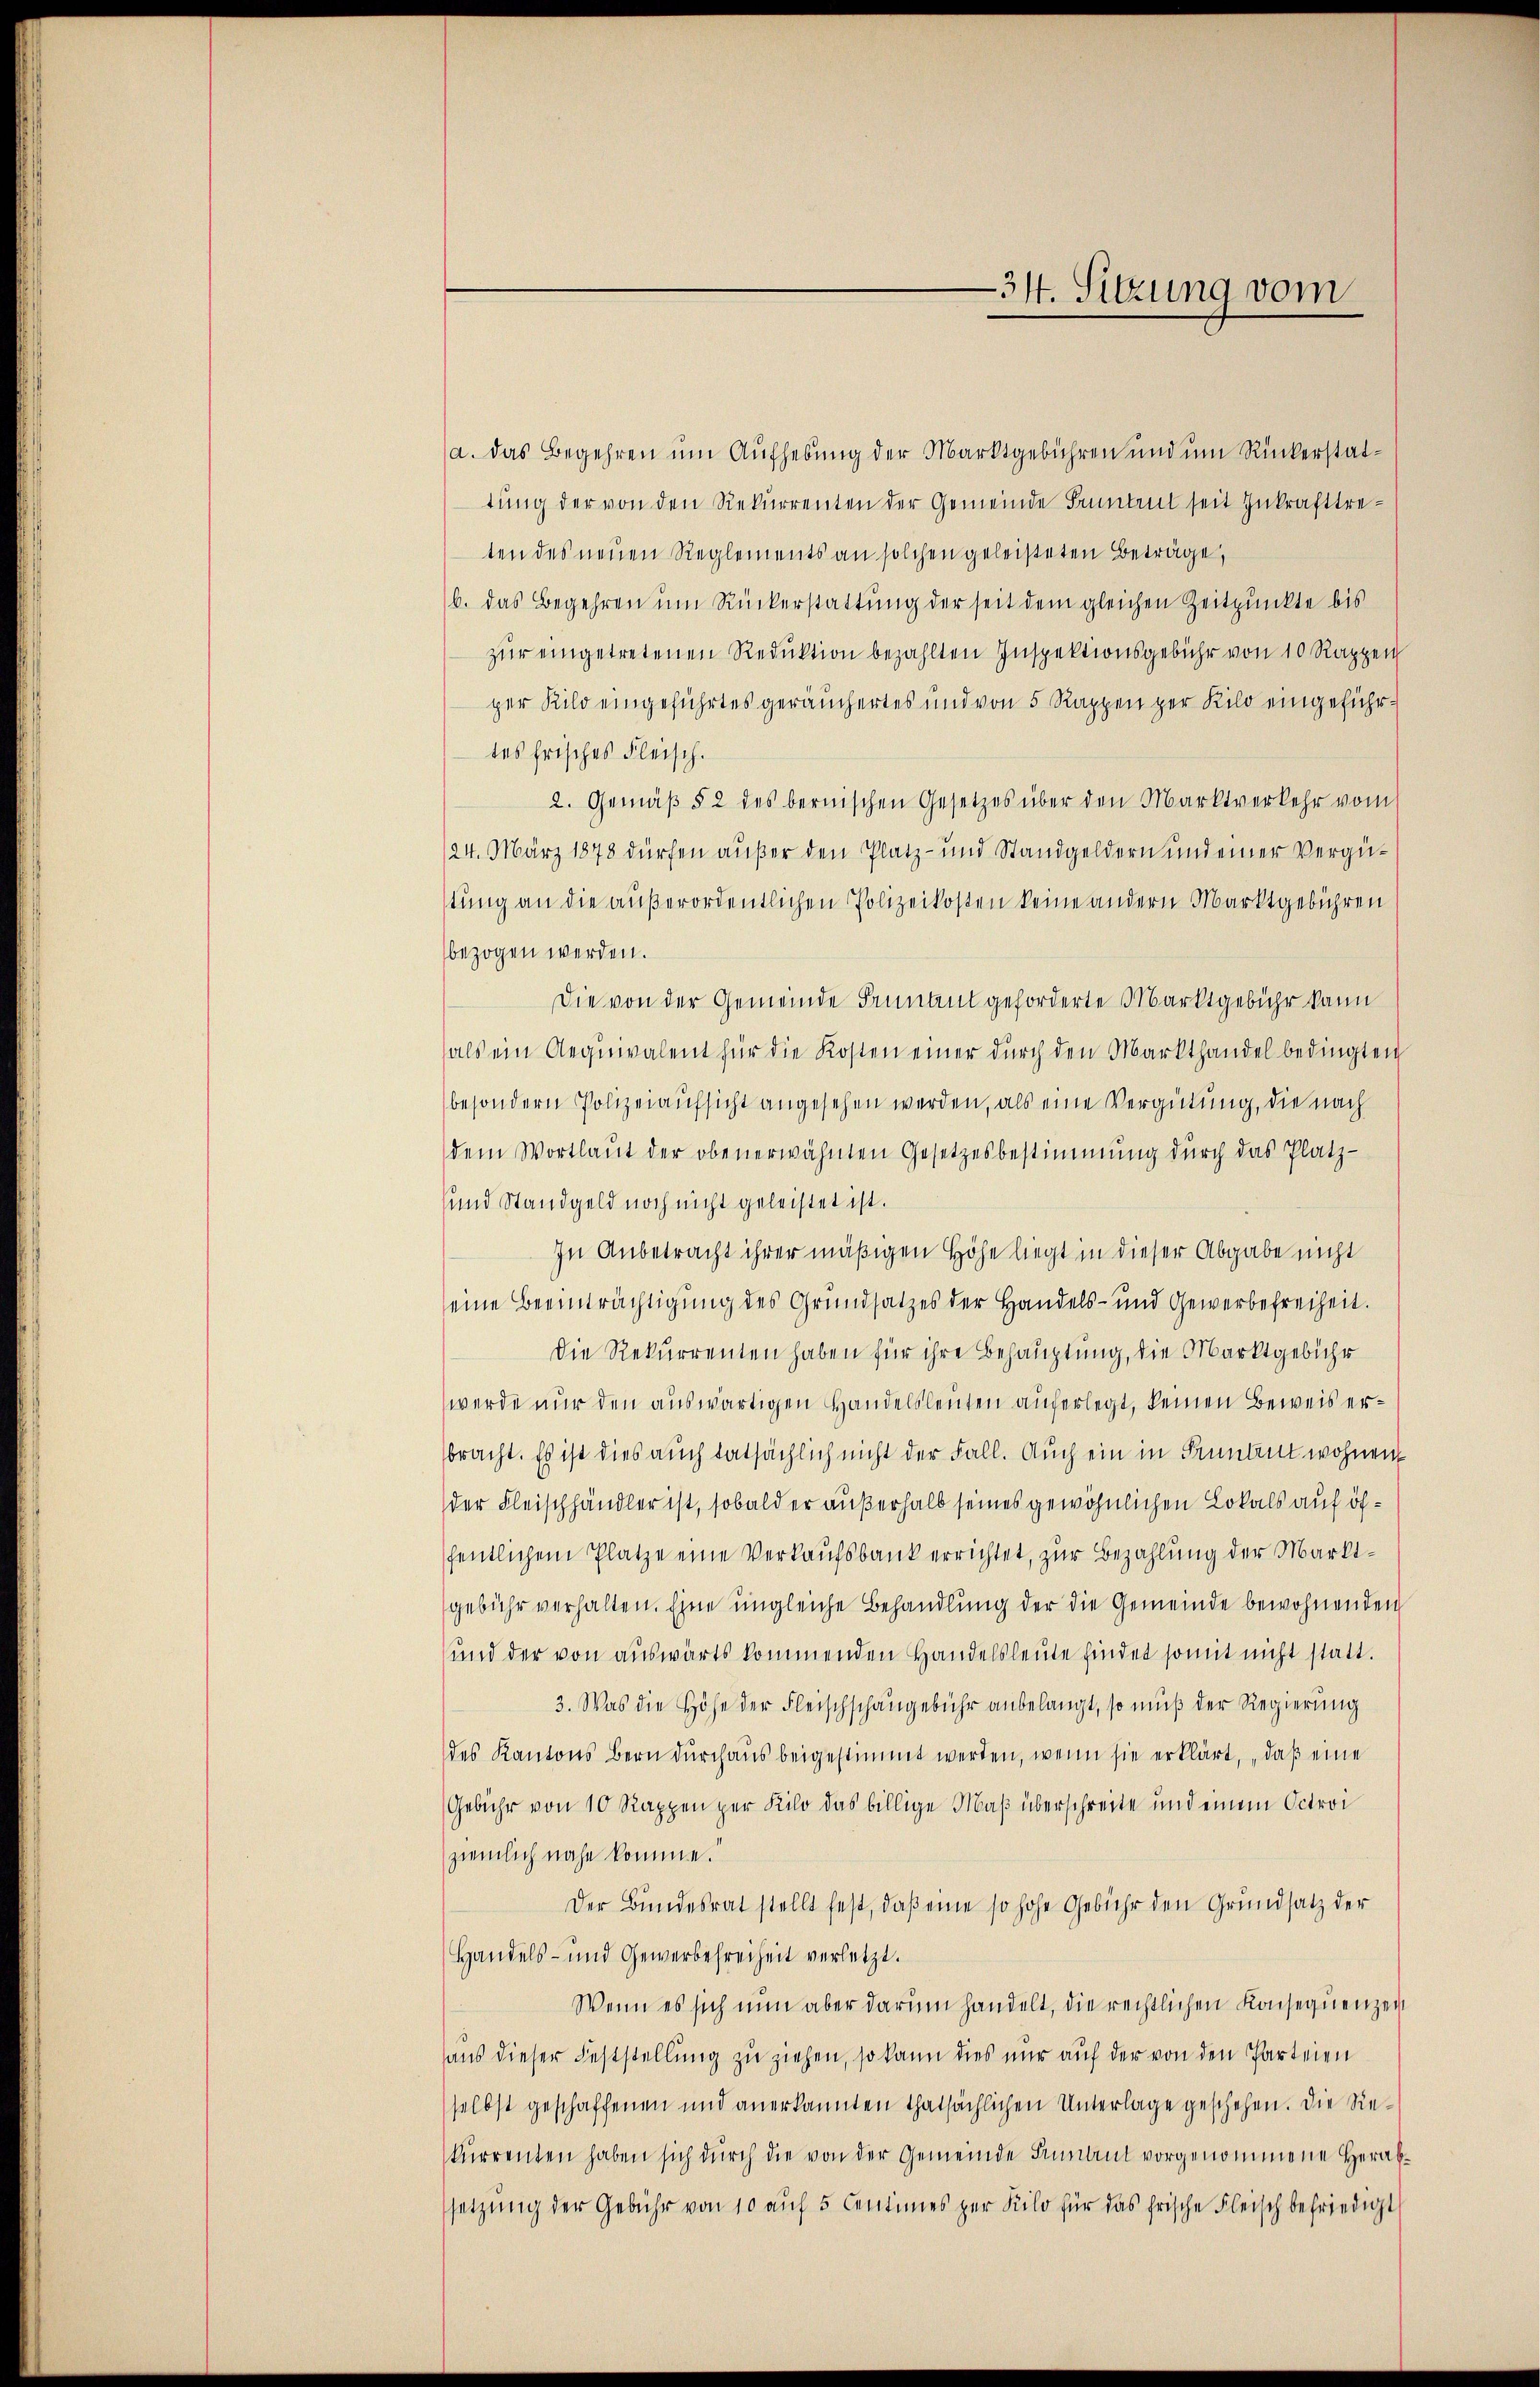
—34. Sitzung vom

a. das Begehren um Aufhebung der Marktgebühren und um Rückerstattung der von den Rekurrenten der Gemeinde Pruntrut seit Zukrafttreten des neuen Reglements an solchen geleisteten Beträge,
b. das Begehren um Rückerstattung der seit dem gleichen Zeitpunkte bis
zur eingetretenen Reduktion bezahlten Inspektionsgebühr von 10 Rappen
per Kilo eingeführtes geräuchertes und von 5 Rappen zur Kilo eingeführ.
tes frisches Fleisch.
2. Gemäβ § 2 des bernischen Gesetzes über den Marktverkehr vom
24. März 1878 dürfen außer den Platz- und Standgeldern und einer Vergüstung an die außerordentlichen Polizeikosten keine andern Marktgebühren
bezogen werden.
Die von der Gemeinde Fennant geforderte Marktgebühr kann
als ein Aequivalent für die Kosten einer dŭrch den Markthandel bedingten
besondern Polizeiaufsicht angesehen werden, als eine Vergütung, die nach
dem Wortlaŭt der obenerwähnten Gesetzesbestimmung dŭrch das Platz-
und Standgeld noch nicht geleistet ist.
In Anbetracht ihrer mäßigen Höhe liegt in dieser Abgabe nicht
eine Beeinträchtigung des Grundsatzes der Handels- und Gewerbefreiheit.
Die Rekurrenten haben für ihre Behauptung, die Marktgebühr
werde nur den auswärtigen Handelsleuten auferlegt, keinen Beweis erbracht. Es ist dies auch tatsächlich nicht der Fall. Auch ein in Pruntrut wohnen
der Fleischhändler ist, sobald er außerhalb seines gewöhnlichen Lokals auf öffentlichem Platze eine Verkaufsbank errichtet, zur Bezahlung der Marktgebühr verhalten. Eine ungleiche Behandlung der die Gemeinde bewohnenden
und der von auswärts kommenden Handelsleute findet somit nicht statt.
3. Was die Höhe der Fleischschangebühr anbelangt, so muß der Regierung
des Kantons Bern dŭrchaŭs beigestimmt werden, wenn sie erklärt, „daβ eine
Gebühr von 10 Rappen per Kilo das billige Maß überschreite und einem Octroi
ziemlich nahe komme.
Der Bundesrat stellt fest, daβ eine so hohe Gebühr den Grundsatz der
Handels- und Gewerbefreiheit verletzt.
Wenn es sich nun aber darum handelt, die rechtlichen Konsequenzen
aus dieser Feststellung zu ziehen, so kann dies nur auf der von den Parteien
selbst geschaffenen und anerkannten thatsächlichen Unterlage geschehen. Die Rekurrenten haben sich durch die von der Gemeinde Sument vorgenommene Herabsetzŭng der Gebühr von 10 aŭf 5 Centimes per Kilo für das frische Fleisch befriedigt